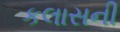
કલાસની